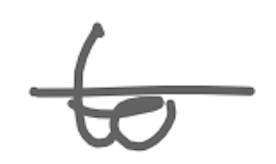
Text: to
Cross-out: single-line
Writing tool: digital_gray